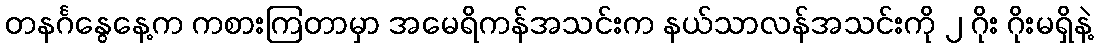
တနင်္ဂနွေနေ့က ကစားကြတာမှာ အမေရိကန်အသင်းက နယ်သာလန်အသင်းကို ၂ ဂိုး ဂိုးမရှိနဲ့